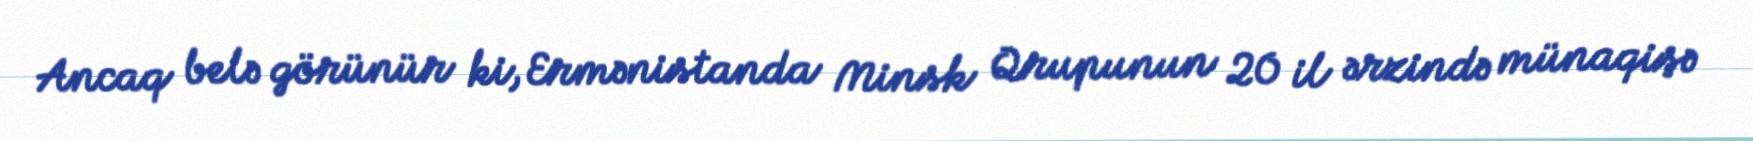
Ancaq belə görünür ki, Ermənistanda Minsk Qrupunun 20 il ərzində münaqişə